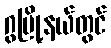
ဂွမြို့နယ်တွင်